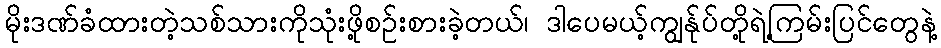
မိုးဒဏ်ခံထားတဲ့သစ်သားကိုသုံးဖို့စဉ်းစားခဲ့တယ်၊ ဒါပေမယ့်ကျွန်ုပ်တို့ရဲ့ကြမ်းပြင်တွေနဲ့